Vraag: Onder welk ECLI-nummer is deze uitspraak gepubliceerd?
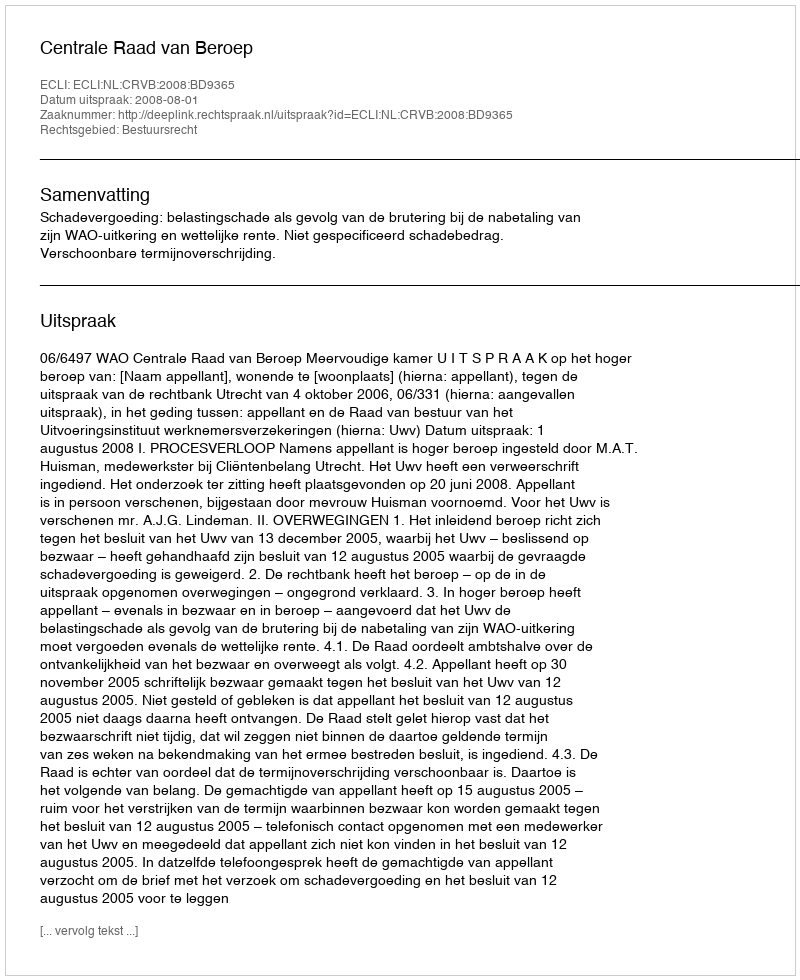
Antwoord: ECLI:NL:CRVB:2008:BD9365